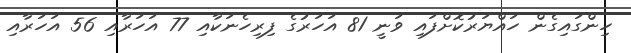
ހިންގައިގެން ހައްޔަރުކޮށްފައި ވަނީ 81 އަހަރުގެ ފިރިހެނަކާއި 77 އަހަރާއި 56 އަހަރާއި